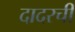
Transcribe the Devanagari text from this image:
दादरची